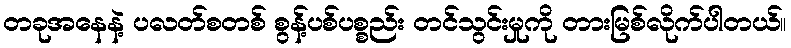
တခုအနေနဲ့ ပလတ်စတစ် စွန့်ပစ်ပစ္စည်း တင်သွင်းမှုကို တားမြစ်လိုက်ပါတယ်။